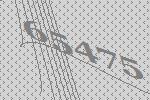
65475